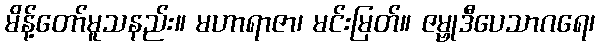
မိန့်တော်မူသနည်း။ မဟာရာဇာ၊ မင်းမြတ်။ ဇမ္ဗုဒီပေသာဂရေ၊